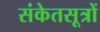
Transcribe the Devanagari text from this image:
संकेतसूत्रों